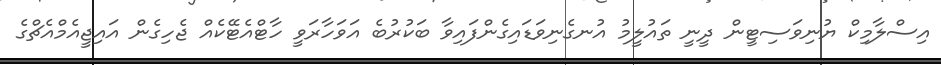
އިސްލާމިކް ޔުނިވަސިޓީން ދީނީ ތައުލީމު އުނގެނިވަޑައިގެންފައިވާ ބަކުރުބެ އަވަހާރަވީ ހާޓްއެޓޭކެއް ޖެހިގެން އައިޖީއެމްއެޗްގެ